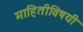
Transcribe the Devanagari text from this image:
माहितीविषयी